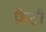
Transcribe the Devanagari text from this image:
फ़ैटी